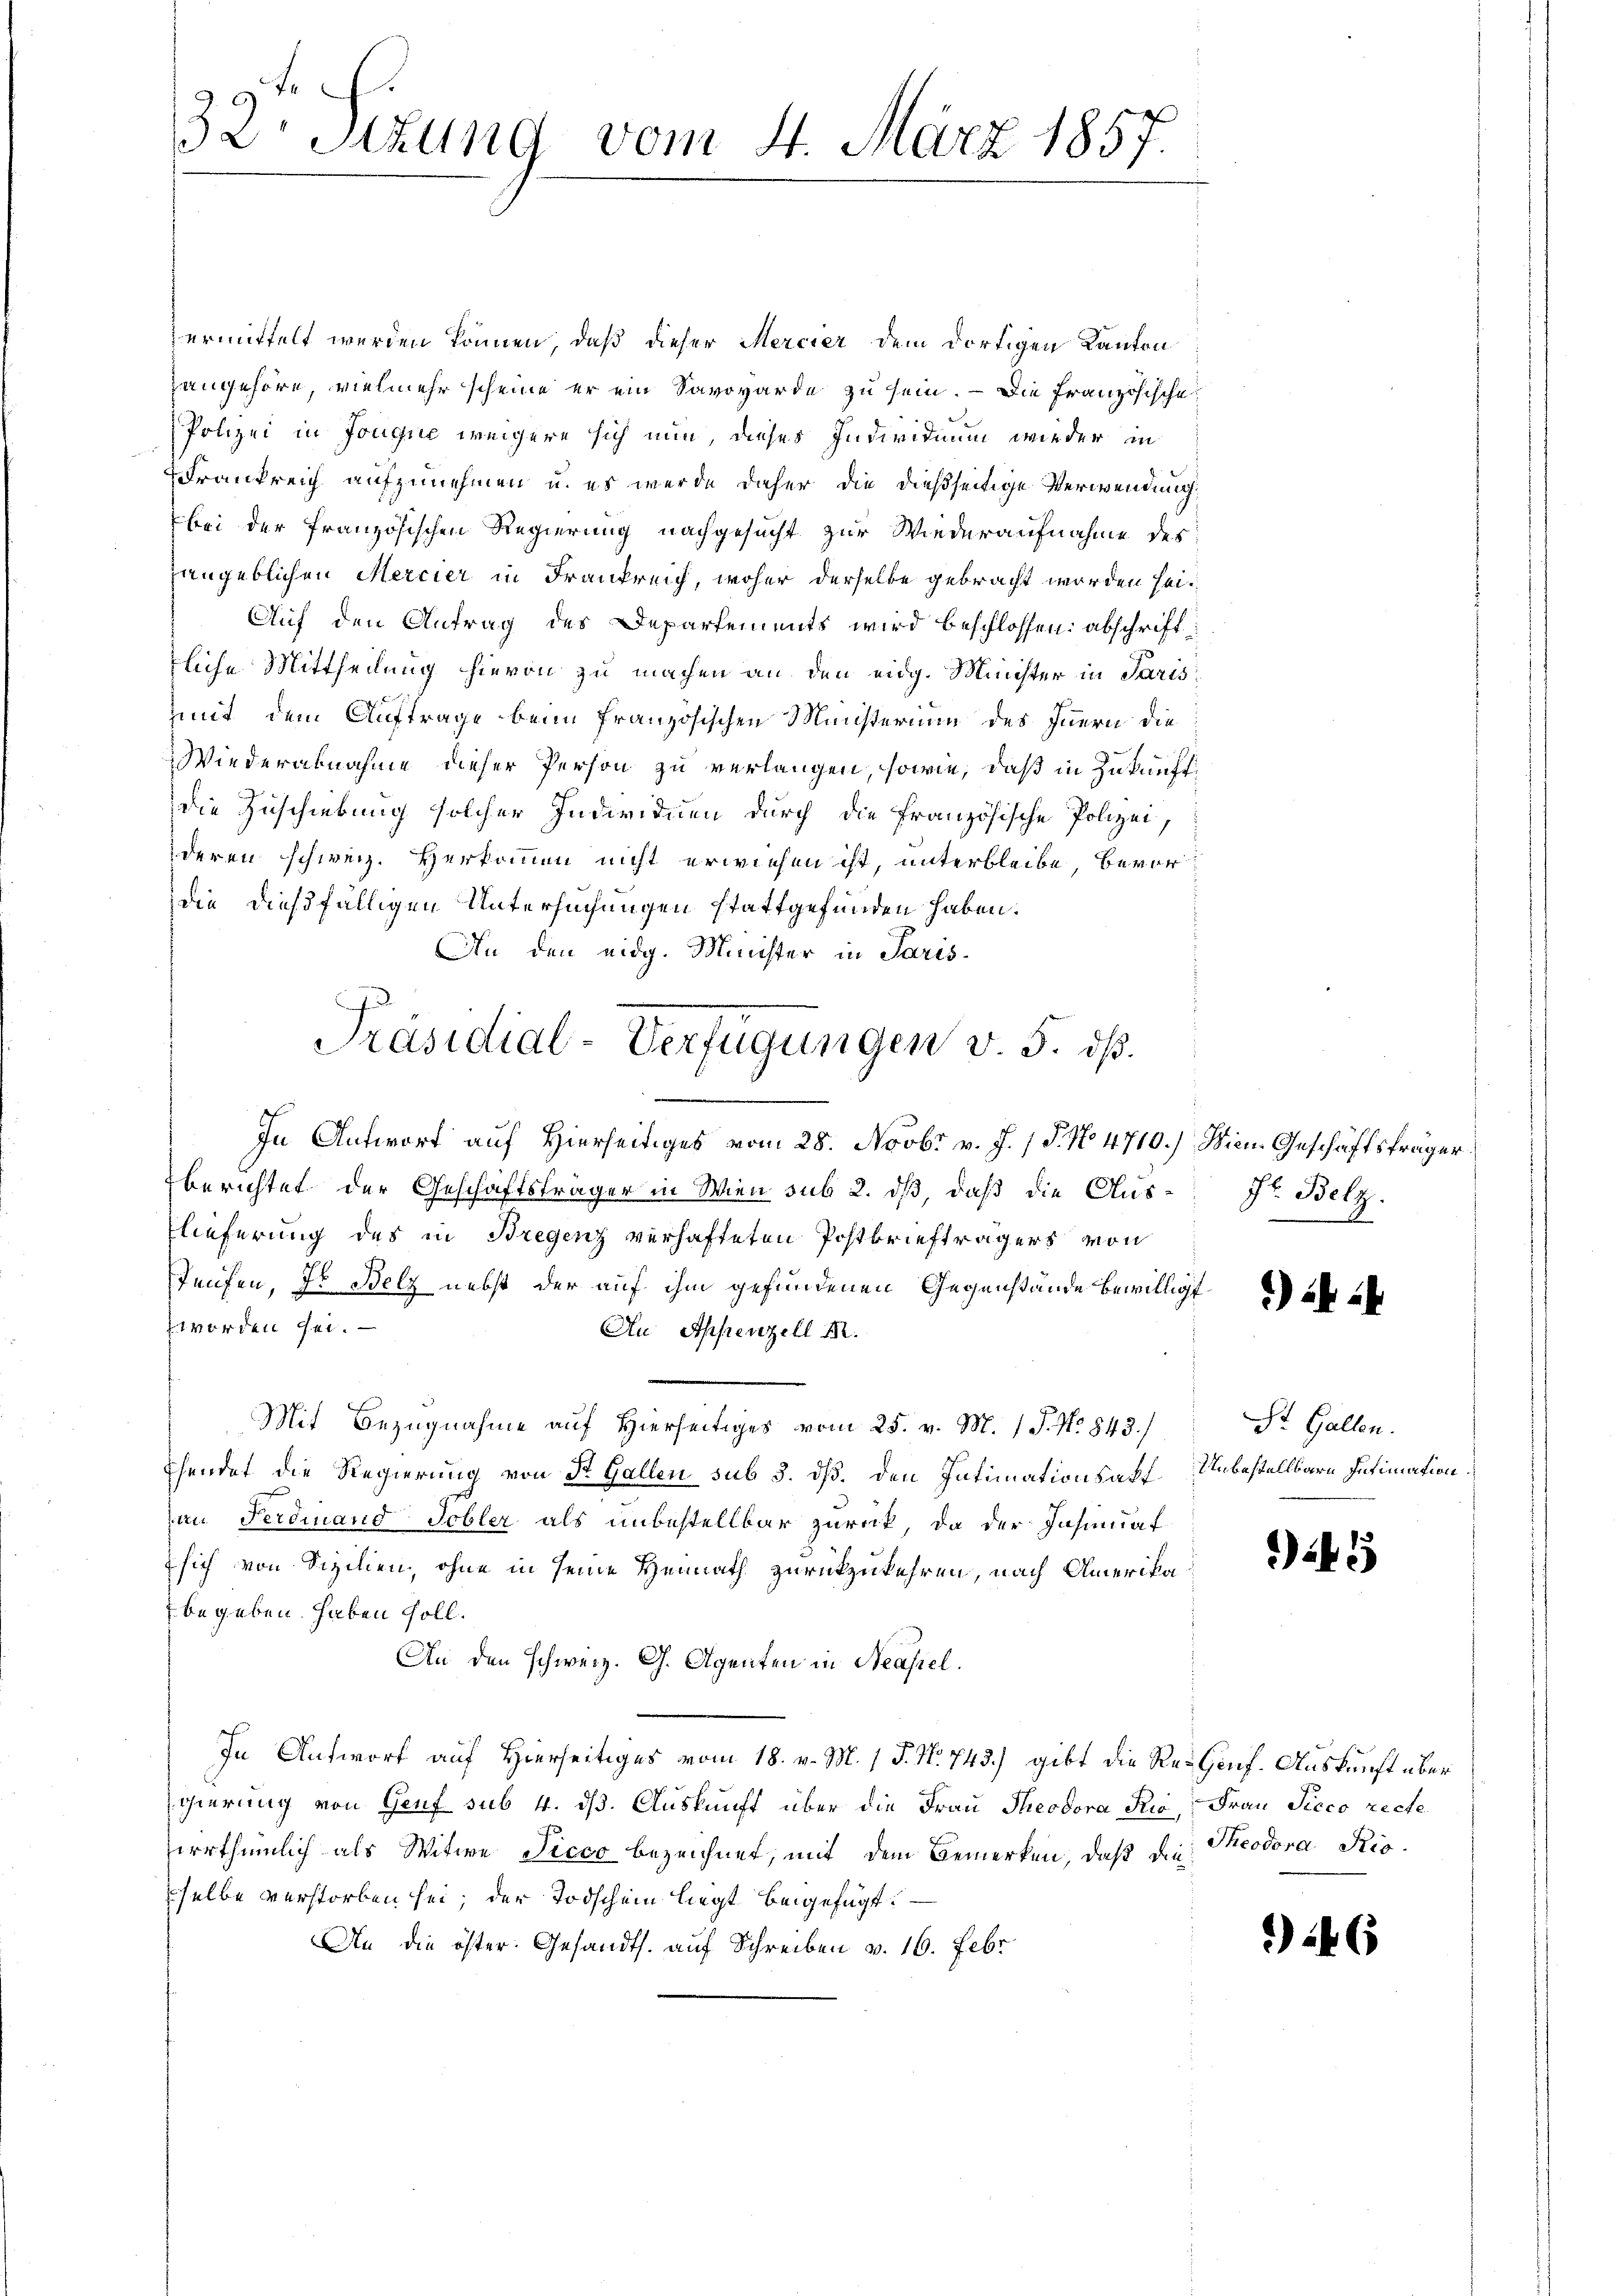
ermittelt werden können, daß dieser Mercier dem dortigen Kanton
zangehöre, vielmehr scheine er ein Savovarde zu sein. – Die Französische
Polizei in Fongue weigere sich nun dieses Individium wieder in
Frankreich aufzunehmen u. es werde daher die dießseitige Verwendung
bei der französischen Regierung nachgesucht zur Wiederaufnahme des
angeblichen Mercier in Frankreich, woher derselbe gebracht worden sei¬
Auf den Antrag des Departements wird beschlossen: abschriftfliche Mittheilung hievon zu machen an den eidg. Minister in Paris
mit dem Auftrage beim französischen Ministerium des Innern die
Wiederabnahme dieser Person zu verlangen, sowie, daß in Zukunft
die Zuschiebung solcher Individuen durch die Französische Polizei,
deren schweiz. Herkommen nicht erwiesen ist, unterbleibe, bevordie dießfälligen Untersuchungen stattgefunden haben.
An den eidg. Minister in Paris¬
In Antwort auf Hierseitiges vom 28. Novbr v. J. / P. No 4710.) Wien Geschäftsfrager
berichtet der Geschäftsträger in Wien sub 2. dß, daß die Austr. Belz
lieferung des in Bregenz verhafteten Postbriefträgers von
Teufen, Hr. Belz nebst der auf ihm gefundenen Gegenstände bewilligt
worden sei.
Au Appenzell M.
Mit Bezugnahme auf Hierseitiges vom 25. v. M. / P. Nr. 843.)
hendet die Regierung von St. Gallen sub 3. dß. den Intimationsact Unbestellbare Intimation
an Ferdinand Tobler als unbestellbar zurück, da der Insinuaf
 sich von Sizilien, ohne in seine Heimath zurückzukehren, nach Amerikabegeben haben soll.
An den Schweiz. G. Agenten in Neapel.
In Antwort auf Hierseitiges vom 18. v. M. 1 P. Nr. 743.) gibt die Re- Genf. Auskunft über
gierung von Genf sub 4. dß. Auskunft über die Frau Theodora die Frau Picco recte
irrthümlich als Witwe Picco bezeichnet, mit dem Bemerken, daß die Theodora Rioselbe verstorben sei; der Todschein liegt beigefügt:
An die öster. Gesandts. auf Schreiben v. 16. Febr

32. Sizung vom 4. März 1857.

Präsidial-Verfügungen v. 5. dß.

*) i

St. Gallen.

2

46